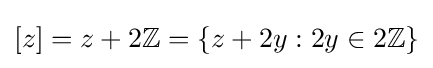
\left[z\right]=z+2\mathbb {Z} =\left\lbrace z+2y:2y\in 2\mathbb {Z} \right\rbrace